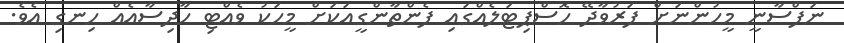
ނަފްސާނީ މީހުންނަށް ފަރުވާދޭ ހޮސްޕިޓަލެއްގައި ފެންތާންގީއަކަށް މީހަކު ވެއްޓި ހާދިސާއެއް ހިނގި އެވެ.